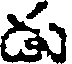
డు